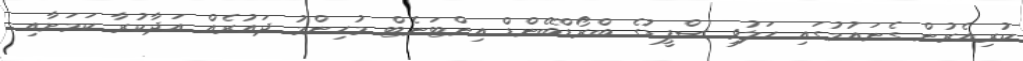
ކުރިއެރުން ގެނައުމުގައި ހަލުވި ސްޕީޑުގެ ބްރޯޑްބޭންޑް އިންޓަނެޓް މުހިންމު ދައުރެއް އަދާކުރާ ކަމަށާއި